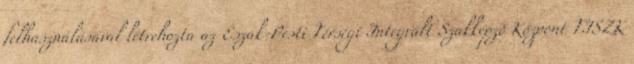
felhasználásával létrehozta az Észak-Pesti Térségi Integrált Szakképzõ Központ TISZK